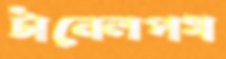
টানেলপথ